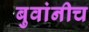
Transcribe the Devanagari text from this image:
बुवांनीच